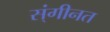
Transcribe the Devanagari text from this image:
स्ंगीनत